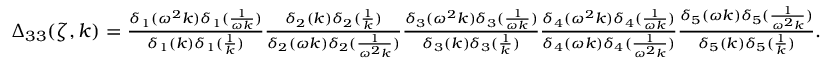
\begin{array} { r } { \Delta _ { 3 3 } ( \zeta , k ) = \frac { \delta _ { 1 } ( \omega ^ { 2 } k ) \delta _ { 1 } ( \frac { 1 } { \omega k } ) } { \delta _ { 1 } ( k ) \delta _ { 1 } ( \frac { 1 } { k } ) } \frac { \delta _ { 2 } ( k ) \delta _ { 2 } ( \frac { 1 } { k } ) } { \delta _ { 2 } ( \omega k ) \delta _ { 2 } ( \frac { 1 } { \omega ^ { 2 } k } ) } \frac { \delta _ { 3 } ( \omega ^ { 2 } k ) \delta _ { 3 } ( \frac { 1 } { \omega k } ) } { \delta _ { 3 } ( k ) \delta _ { 3 } ( \frac { 1 } { k } ) } \frac { \delta _ { 4 } ( \omega ^ { 2 } k ) \delta _ { 4 } ( \frac { 1 } { \omega k } ) } { \delta _ { 4 } ( \omega k ) \delta _ { 4 } ( \frac { 1 } { \omega ^ { 2 } k } ) } \frac { \delta _ { 5 } ( \omega k ) \delta _ { 5 } ( \frac { 1 } { \omega ^ { 2 } k } ) } { \delta _ { 5 } ( k ) \delta _ { 5 } ( \frac { 1 } { k } ) } . } \end{array}